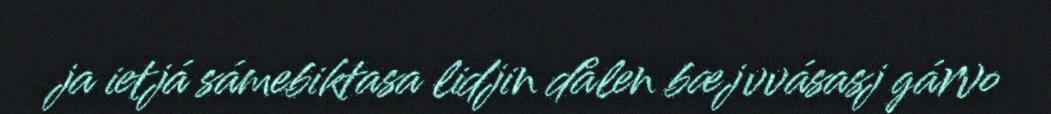
ja ietjá sámebiktasa lidjin dålen bæjvvásasj gárvo